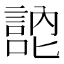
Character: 𭋚